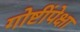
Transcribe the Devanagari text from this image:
गोष्टींपेक्षा